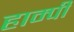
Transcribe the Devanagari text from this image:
हाम्पी